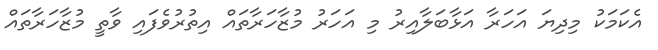
އެކަމަކު މިދިޔަ އަހަރާ އަޅާބަލާއިރު މި އަހަރު މުޒާހަރާތައް އިތުރުވެފައި ވާތީ މުޒާހަރާތައް